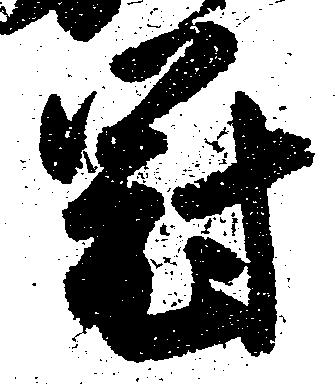
冠